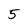
Character: 5